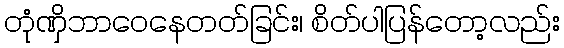
တုံဏှိဘာဝေနေတတ်ခြင်း၊ စိတ်ပါပြန်တော့လည်း